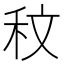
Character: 𮂹